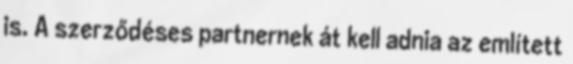
is. A szerződéses partnernek át kell adnia az említett